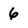
Character: 6